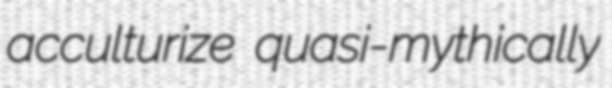
acculturize quasi-mythically